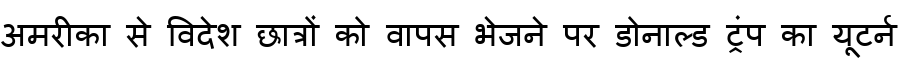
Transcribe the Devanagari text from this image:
अमरीका से विदेश छात्रों को वापस भेजने पर डोनाल्ड ट्रंप का यूटर्न